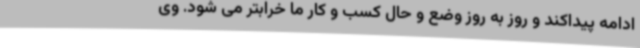
ادامه پیداکند و روز به روز وضع و حال کسب و کار ما خرابتر می شود. وی